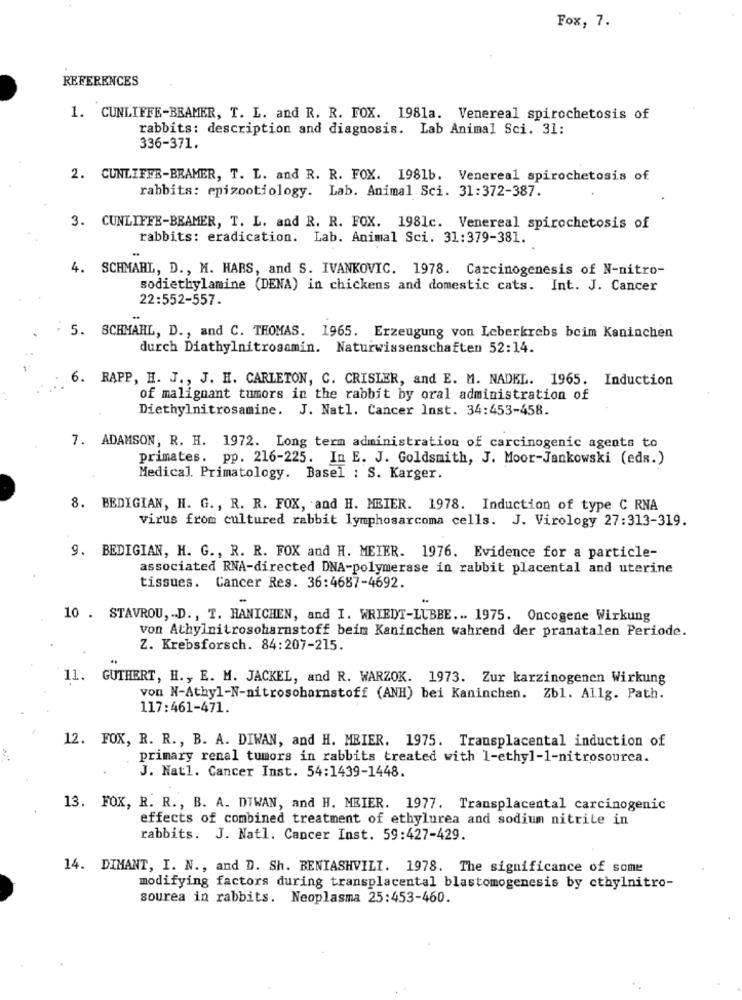
Fox, 7.
REFERENCES
1. CUNLIFFE-BEAMER, T. L. and R. R. FOX. 1981a. Venereal spirochetosis of
rabbits: description and diagnosis. Lab Animal Sci. 31:
336-371.
2. CUNLIFFE-BEAMER, T. L. and R. R. FOX. 1981b. Venereal spirochetosis of
rabbits: epizootiology. Lab. Animal Sci. 31:372-387.
3. CUNLIFFE-BEAMER, T. L. and R. R. FOX. 1981c. Venereal spirochetosis of
rabbits: eradication. Lab. Animal Sci. 31:379-381.
4. SCHMAHL, D ., M. HABS, and S. IVANKOVIC. 1978. Carcinogenesis of N-nitro-
sodiethylamine (DENA) in chickens and domestic cats. Int. J. Cancer
22:552-557.
5. SCHMAHL, D ., and C. THOMAS. 1965. Erzeugung von Leberkrebs beim Kaninchen
durch Diathylnitrosamin. Naturwissenschaften 52:14.
6. RAPP, H. J ., J. H. CARLETON, C. CRISLER, and E. M. NADEL. 1965. Induction
of malignant tumors in the rabbit by oral administration of
Diethylnitrosamine. J. Natl. Cancer Inst. 34:453-458.
7. ADAMSON, R. H. 1972. Long term administration of carcinogenic agents to
primates. pp. 216-225. In E. J. Goldsmith, J. Moor-Jankowski (eds.)
Medical. Primatology. Basel : S. Karger.
8. BEDIGIAN, H. G ., R. R. FOX, and H. MEIER. 1978. Induction of type C RNA
virus from cultured rabbit lymphosarcoma cells. J. Virology 27:313-319.
9. BEDIGIAN, H. G ., R. R. FOX and H. MEIER. 1976. Evidence for a particle-
associated RNA-directed DNA-polymerase in rabbit placental and uterine
tissues. Cancer Res. 36:4687-4692.
10 . STAVROU, -. D ., T. HANICHEN, and I. WRIEDT-LUBBE ... 1975. Oncogene Wirkung
von Athylnitrosoharnstoff beim Kaninchen wahrend der pranatalen Periode.
Z. Krebsforsch. 84:207-215.
11. GUTHERT, H ., E. M. JACKEL, and R. WARZOK. 1973. Zur karzinogenen Wirkung
von N-Athyl-N-nitrosoharnstoff (ANH) bei Kaninchen. Zbl. Allg. Path.
117:461-471.
12. FOX, R. R ., B. A. DIWAN, and H. MEIER. 1975. Transplacental induction of
primary renal tumors in rabbits treated with 1-ethyl-1-nitrosourca.
J. Natl. Cancer Inst. 54:1439-1448.
13. FOX, R. R ., B. A. DIWAN, and H. MEIER. 1977. Transplacental carcinogenic
effects of combined treatment of ethylurea and sodium nitrite in
rabbits. J. Natl. Cancer Inst. 59:427-429.
14. DIMANT, I. N ., and D. Sh. BENIASHVILI. 1978. The significance of some
modifying factors during transplacental blastomogenesis by ethylnitro-
sourea in rabbits. Neoplasma 25:453-460.